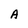
Character: A